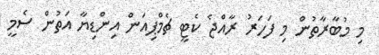
މި މުބާރާތުން މި ފަހަރު ރާއްޖެ ކެޓީ ޗެމްޕިއަން އިންޑިޔާ އަތުން ސެމީ